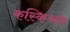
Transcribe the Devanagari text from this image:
कस्किश्रव